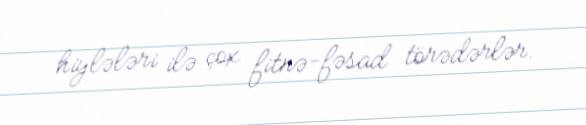
hiylələri ilə çox fitnə-fəsad törədərlər.